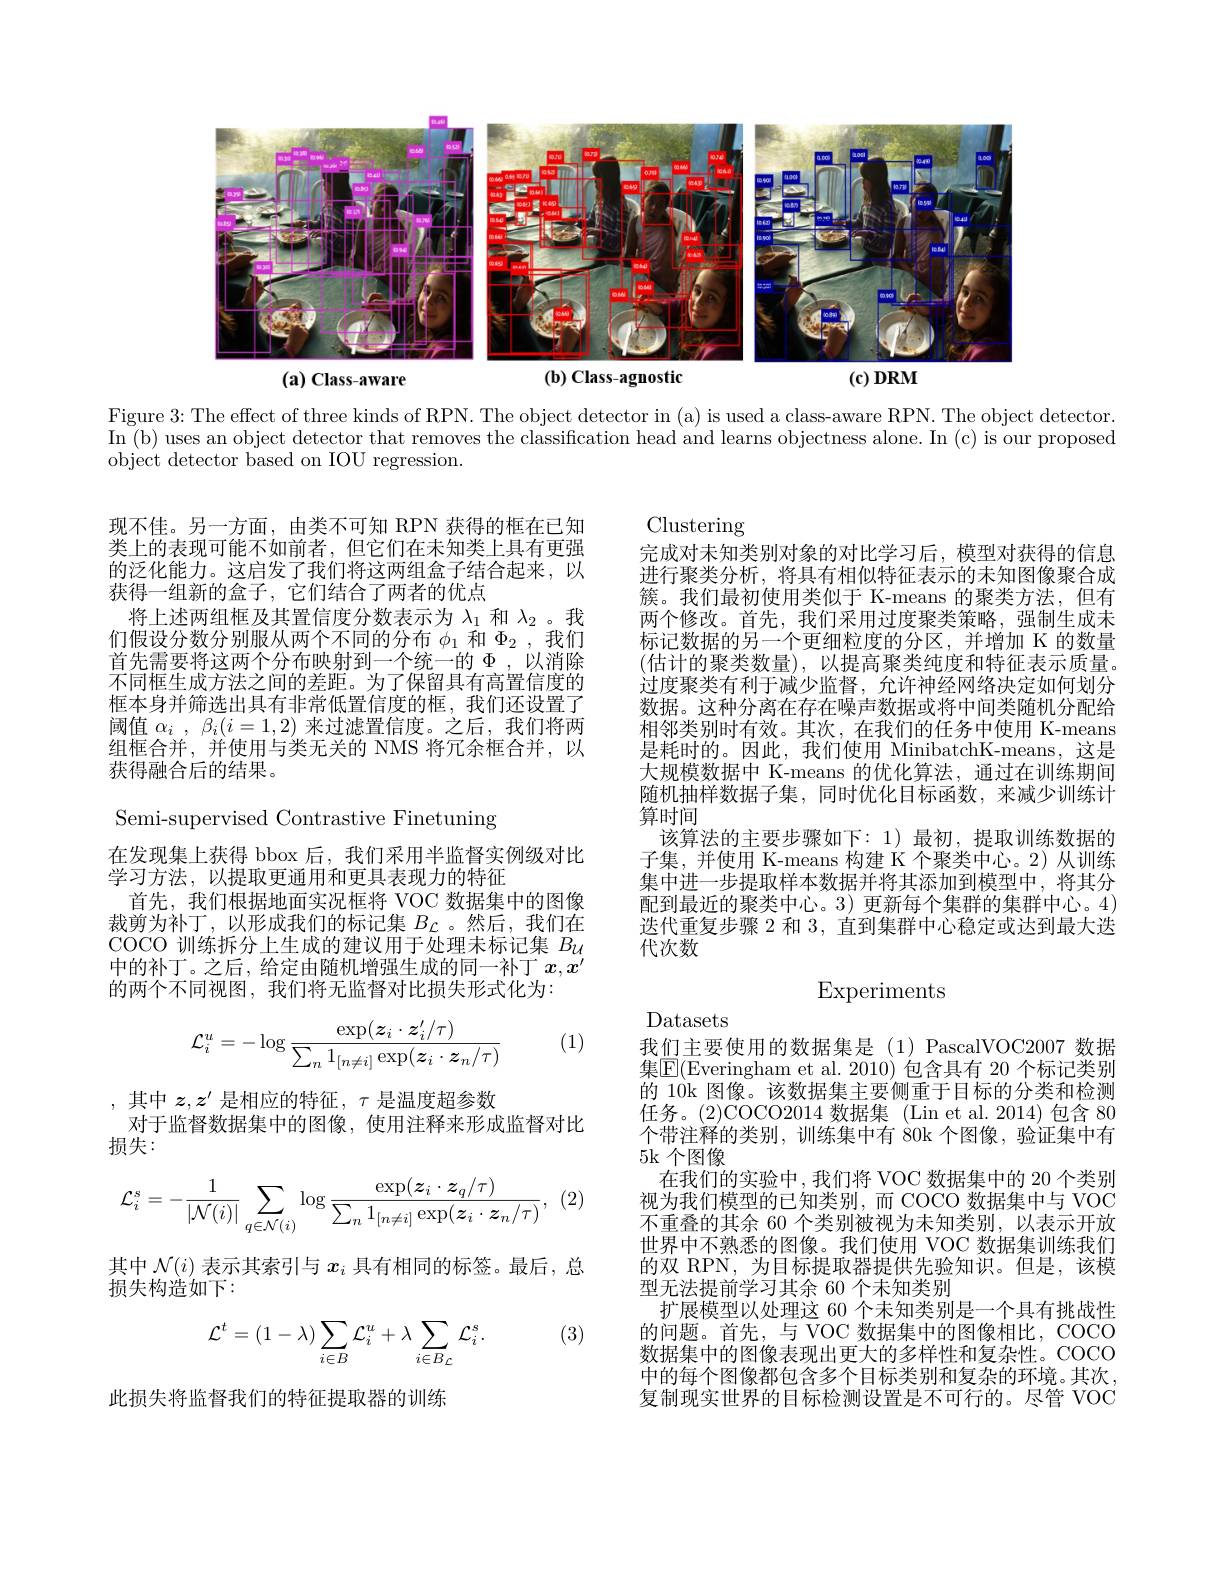
<FigureHere>
-agnostic
(c)DRM
$(\mathbf{a})$ Class-aware

Figure 3: The effect of three kinds of RPN. The object detector in (a) is used a class-aware RPN. The object detector. In (b) uses an object detector that removes the classification head and learns objectness alone. In (c) is our proposed object detector based on IOU regression.

现不佳。另一方面，由类不可知 RPN 获得的框在已知类上的表现可能不如前者，但它们在未知类上具有更强的泛化能力。这启发了我们将这两组盒子结合起来，以获得一组新的盒子，它们结合了两者的优点
将上述两组框及其置信度分数表示为$\lambda_1$和$\lambda_2$ 。我们假设分数分别服从两个不同的分布$\phi_1$和$\Phi_2$,我们首先需要将这两个分布映射到一个统一的$\Phi$ ,以消除不同框生成方法之间的差距。为了保留具有高置信度的框本身并筛选出具有非常低置信度的框，我们还设置了阈值$\alpha _i$ , $\beta _i( i= 1, 2)$来过滤置信度。之后，我们将两组框合并，并使用与类无关的 NMS 将冗余框合并，以获得融合后的结果。

Clustering
完成对未知类别对象的对比学习后，模型对获得的信息进行聚类分析，将具有相似特征表示的未知图像聚合成簇。我们最初使用类似于 K-means 的聚类方法，但有两个修改。首先，我们采用过度聚类策略，强制生成未标记数据的另一个更细粒度的分区，并增加 K 的数量(估计的聚类数量),以提高聚类纯度和特征表示质量。过度聚类有利于减少监督，允许神经网络决定如何划分数据。这种分离在存在噪声数据或将中间类随机分配给相邻类别时有效。其次，在我们的任务中使用 K-means 是耗时的。因此，我们使用 MinibatchK-means,这是大规模数据中 K-means 的优化算法，通过在训练期间随机抽样数据子集，同时优化目标函数，来减少训练计算时间
该算法的主要步骤如下：1) 最初，提取训练数据的子集，并使用 K-means 构建 K 个聚类中心。2)从训练集中进一步提取样本数据并将其添加到模型中，将其分配到最近的聚类中心。3) 更新每个集群的集群中心。4) 迭代重复步骤 2 和 3, 直到集群中心稳定或达到最大迭代次数

Semi-supervised Contrastive Finetuning

在发现集上获得 bbox 后，我们采用半监督实例级对比
学习方法，以提取更通用和更具表现力的特征
首先，我们根据地面实况框将 VOC 数据集中的图像裁剪为补丁，以形成我们的标记集$B_\mathcal{L}$ 。然后，我们在COCO 训练拆分上生成的建议用于处理未标记集$B_{U}$ 中的补丁。之后，给定由随机增强生成的同一补丁$x,x^\prime$ 的两个不同视图，我们将无监督对比损失形式化为：

## $\operatorname{Experiments}$

Datasets

(1)
$$\mathcal{L}_i^u=-\log\frac{\exp(\boldsymbol{z}_i\cdot\boldsymbol{z}_i'/\tau)}{\sum_n1_{[n\neq i]}\exp(\boldsymbol{z}_i\cdot\boldsymbol{z}_n/\tau)}$$
,其中$z,z^\prime$是相应的特征，$\tau$是温度超参数
对于监督数据集中的图像，使用注释来形成监督对比
损失：

个带注释的类别，训练集中有 80k 个图像，验证集中有
5k 个图像
$$\mathcal{L}_{i}^{s}=-\frac{1}{|\mathcal{N}(i)|}\sum_{q\in\mathcal{N}(i)}\log\frac{\exp(\boldsymbol{z}_{i}\cdot\boldsymbol{z}_{q}/\tau)}{\sum_{n}1_{[n\neq i]}\exp(\boldsymbol{z}_{i}\cdot\boldsymbol{z}_{n}/\tau)},$$
(2)

我们主要使用的数据集是(1)PascalVOC2007 数据集$\boxed{\mathrm{E}}($Everingham et al. 2010) 包含具有 20 个标记类别的 10k 图像。该数据集主要侧重于目标的分类和检测任务。(2)COCO2014 数据集 (Lin et al.2014)包含 80
在我们的实验中，我们将 VOC 数据集中的 20 个类别视为我们模型的已知类别，而 COCO 数据集中与 VOC 不重叠的其余 60 个类别被视为未知类别，以表示开放世界中不熟悉的图像。我们使用 VOC 数据集训练我们的双 RPN,为目标提取器提供先验知识。但是，该模型无法提前学习其余 60 个未知类别
扩展模型以处理这 60 个未知类别是一个具有挑战性的问题。首先，与 VOC 数据集中的图像相比，COCO 数据集中的图像表现出更大的多样性和复杂性。COCO 中的每个图像都包含多个目标类别和复杂的环境。其次复制现实世界的目标检测设置是不可行的。尽管 VOC

其中$\mathcal{N}(i)$表示其索引与$x_i$具有相同的标签。最后，总
损失构造如下：

(3)
$$\mathcal{L}^t=(1-\lambda)\sum_{i\in B}\mathcal{L}_i^u+\lambda\sum_{i\in B_{\mathcal{L}}}\mathcal{L}_i^s.$$
此损失将监督我们的特征提取器的训练